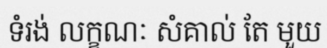
ទំរង់ លក្ខណៈ សំគាល់ តែ មួយ